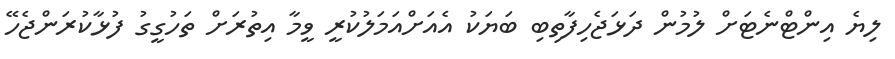
ލިޔެ އިންޓްނެޓަށް ލުމުން ދަޅަޖެހިފާތިބި ބަޔަކު އެއަށްއަމަލުކުރީ ވީމާ އިތުރަށް ތަހުގީގު ފުޅާކުރަންޖެހޭ